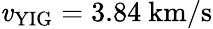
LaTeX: \mathit{v}_{\mathrm{{YIG}}}=3.84~\mathrm{{km/s}}